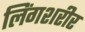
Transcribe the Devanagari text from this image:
लिंगशरीर